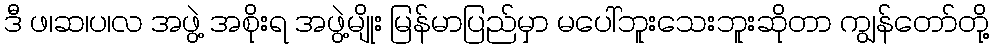
ဒီ ဖ၊ဆ၊ပ၊လ အဖွဲ့ အစိုးရ အဖွဲ့မျိုး မြန်မာပြည်မှာ မပေါ်ဘူးသေးဘူးဆိုတာ ကျွန်တော်တို့